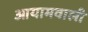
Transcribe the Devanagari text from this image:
आयामवाली